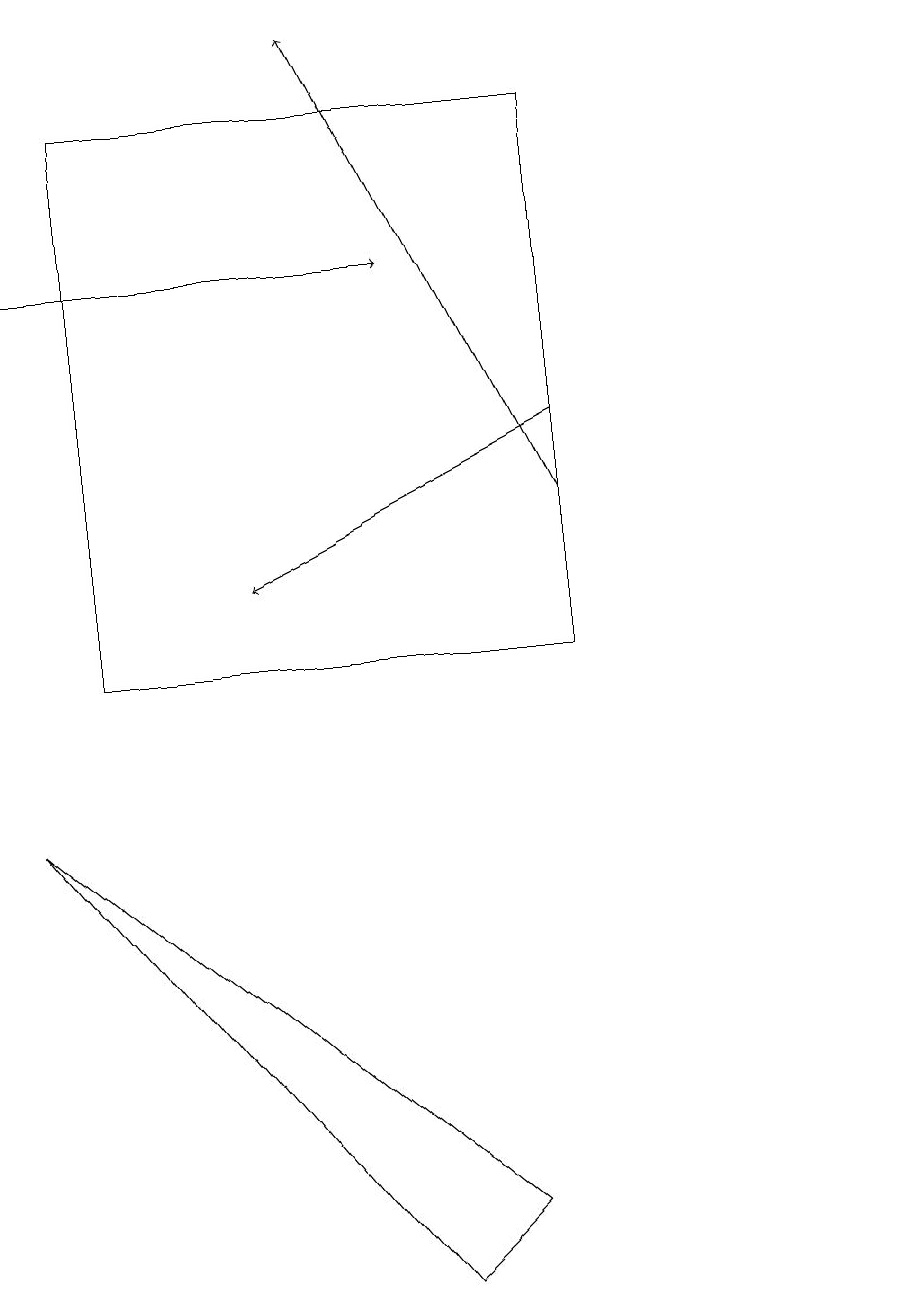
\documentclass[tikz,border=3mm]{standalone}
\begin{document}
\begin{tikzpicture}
\draw[->] (7,13) -- (3,11);
\draw (11,10) circle (0);
\draw (1,10) rectangle (7,17);
\draw[->] (7,12) -- (4,18);
\draw[->] (0,15) -- (5,15);
\draw (6,3) -- (5,2) -- (0,8) -- cycle;
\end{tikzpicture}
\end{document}